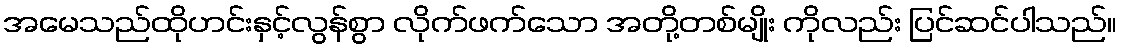
အမေသည်ထိုဟင်းနှင့်လွန်စွာ လိုက်ဖက်သော အတို့တစ်မျိုး ကိုလည်း ပြင်ဆင်ပါသည်။